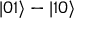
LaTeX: | 0 1 \rangle - | 1 0 \rangle